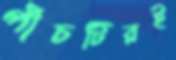
পাঁচটিরই